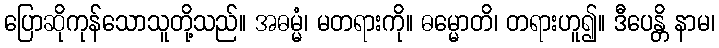
ပြောဆိုကုန်သောသူတို့သည်။ အဓမ္မံ၊ မတရားကို။ ဓမ္မောတိ၊ တရားဟူ၍။ ဒီပေန္တိ နာမ၊